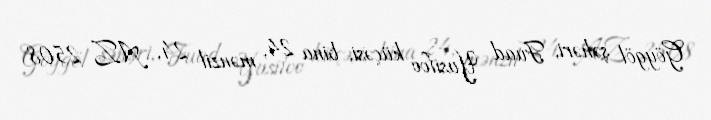
Göygöl şəhəri, Fuad Yusifov küçəsi, bina 24, mənzil 24, AZ 2508